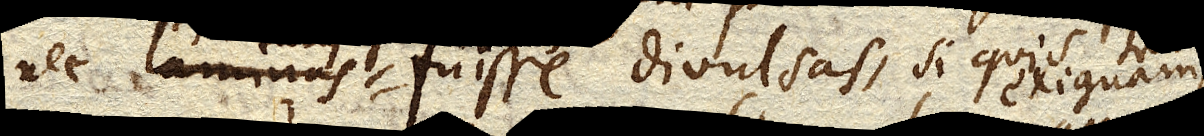
nec laminas fuisse divulsas, si quis exiguam